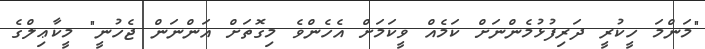
"މަންމަ ހީކުރީ ދަރިފުޅުމެންނަށް ކަމެއް ވީކަމަށް އެހެންވެ މިގޮތަށް އަންނަން ޖެހުނީ" މީކާޢިލްގެ